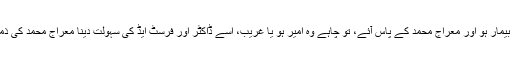
علاقے میں کوئی بیمار ہو اور معراج محمد کے پاس آئے، تو چاہے وہ امیر ہو یا غریب، اسے ڈاکٹر اور فرسٹ ایڈ کی سہولت دینا معراج محمد کی ذمہ داری ہوتی ہے۔